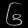
Digit: ၆